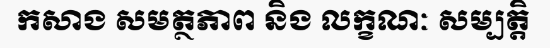
កសាង សមត្ថភាព និង លក្ខណៈ សម្បត្តិ